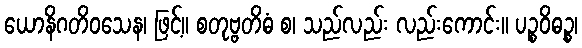
ယောနိဂတိဝသေန၊ ဖြင့်။ စတုဗ္ဗတိဓံ စ၊ သည်လည်း လည်းကောင်း။ ပဉ္စဝိဓဉ္စ၊